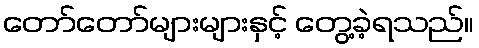
တော်တော်များများနှင့် တွေ့ခဲ့ရသည်။